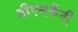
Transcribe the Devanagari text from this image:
डीएसकेंनी